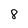
Character: 8